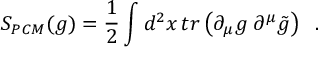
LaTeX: { \cal S } _ { P C M } ( g ) = { \frac { 1 } { 2 } } \int d ^ { 2 } x \, t r \left( \partial _ { \mu } g \; \partial ^ { \mu } \tilde { g } \right) \; \; .